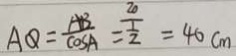
A Q = \frac { A B } { \cos A } = \frac { 2 0 } { \frac { 1 } { 2 } } = 4 0 c m